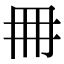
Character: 𠕋